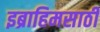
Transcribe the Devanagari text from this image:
इब्राहिमसाठी